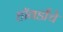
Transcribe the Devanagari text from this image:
हॉवर्डांचे